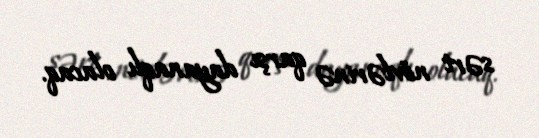
sərt növlərinə qarşı dayanaqlı olacaq.